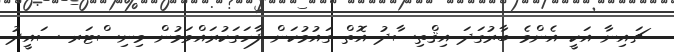
ޗައިނާ އަކީ އެންމެ ބާރުގަދަ އިޤްތިސާދު އޮތް ގައުމުކަން ފާހަގަކުރައްވަމުން މިނިސްޓަރ ސައީދު